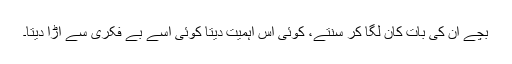
بچے ان کی بات کان لگا کر سنتے، کوئی اس اہمیت دیتا کوئی اسے بے فکری سے اڑا دیتا۔